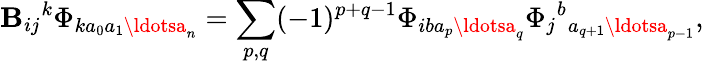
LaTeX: \mathbf{B}_{ij}{}^{k}\Phi_{ka_{0}a_{1}\ldotsa_{n}}=\sum_{p,q}(-1)^{p+q-1}\Phi_{iba_{p}\ldotsa_{q}}\Phi_{j}{}^{b}{}_{a_{q+1}\ldotsa_{p-1}},